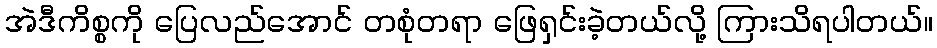
အဲဒီကိစ္စကို ပြေလည်အောင် တစုံတရာ ဖြေရှင်းခဲ့တယ်လို့ ကြားသိရပါတယ်။